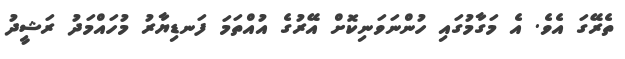
ތެރޭގަ އެވެ. އެ މަގާމުގައި ހުންނަވަނިކޮށް އޭރުގެ އުއްތަމަ ފަނޑިޔާރު މުހައްމަދު ރަޝީދު